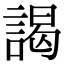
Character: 謁